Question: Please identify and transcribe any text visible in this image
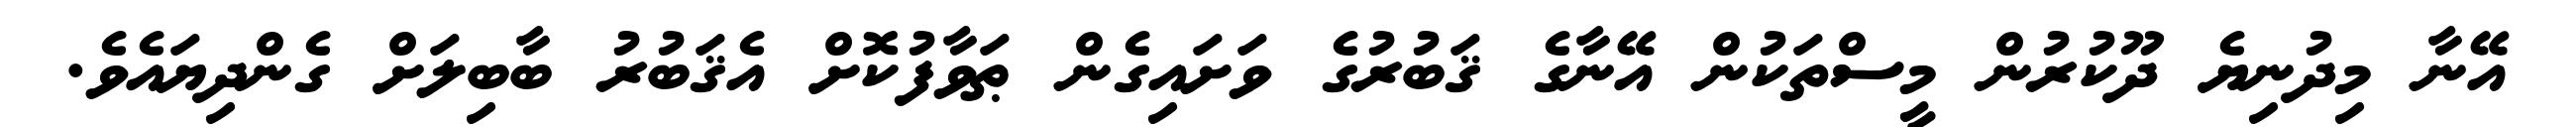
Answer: އޭނާ މިދުނިޔެ ދޫކުރުން މީސްތަކުން އޭނާގެ ޤަބުރުގެ ވަށައިގެން ޠަވާފުކޮށް އެޤަބުރު ބާބިލަށް ގެންދިޔައެވެ.